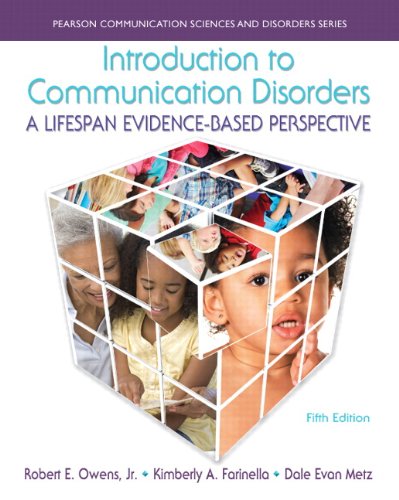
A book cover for Introduction to Communication Disorders: A Lifespan Evidence-Based Perspective (5th Edition) (Pearson Communication Sciences and Disorders); Robert E. Owens Jr.; Medical Books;